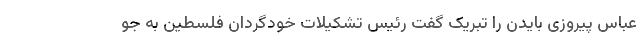
عباس پیروزی بایدن را تبریک گفت رئیس تشکیلات خودگردان فلسطین به جو